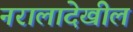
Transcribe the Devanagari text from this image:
नरालादेखील